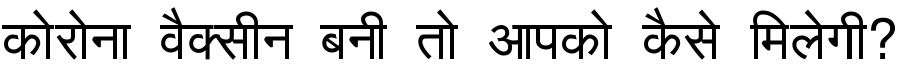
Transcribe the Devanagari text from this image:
कोरोना वैक्सीन बनी तो आपको कैसे मिलेगी?